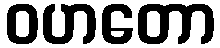
ဝဟတော